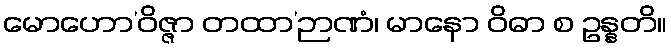
မောဟော’ဝိဇ္ဇာ တထာ’ဉာဏံ၊ မာနော ဝိဓာ စ ဥန္နတိ။